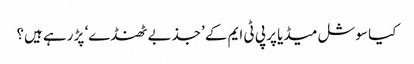
کیا سوشل میڈیا پر پی ٹی ایم کے ’جذبے ٹھنڈے‘ پڑ رہے ہیں؟